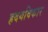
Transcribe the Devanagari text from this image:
ह्रदयविकार